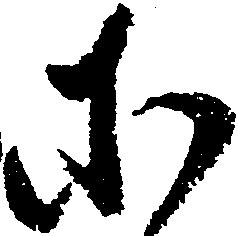
に